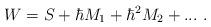
LaTeX: \begin{align*}W=S+\hbar M_1 +\hbar ^2M_2 +...\ . \end{align*}